画像に写った文字を読んでください
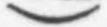
「)」と書いてあります